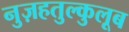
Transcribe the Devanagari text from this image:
नुज़हतुल्कुलूब